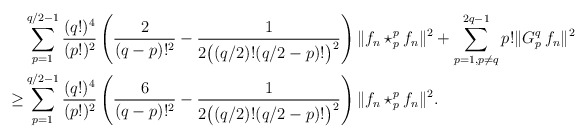
\begin{align*}&\sum_{p=1}^{q/2 - 1} \frac{(q!)^4}{(p!)^2}\left(\frac{2}{(q-p)!^2} - \frac{1}{2\big((q/2)!(q/2 - p)!\big)^2} \right) \|f_n\star_p^p f_n \|^2 + \sum_{p=1, p\neq q}^{2q-1} p! \|G_p^q\,f_n \|^2 \\\ge&\sum_{p=1}^{q/2 - 1} \frac{(q!)^4}{(p!)^2}\left(\frac{6}{(q-p)!^2} - \frac{1}{2\big((q/2)!(q/2 - p)!\big)^2} \right) \|f_n\star_p^p f_n \|^2.\end{align*}